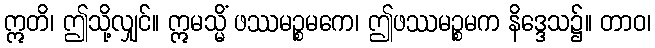
ဣတိ၊ ဤသို့လျှင်။ ဣမသ္မိံ ဖဿမဉ္စမကေ၊ ဤဖဿမဉ္စမက နိဒ္ဒေသ၌။ တာဝ၊